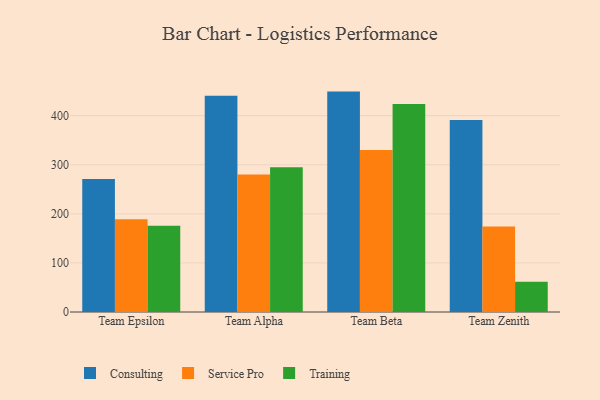
{"axis": {"x": "Team", "y": "Revenue (USD Million)"}, "legend": ["Consulting", "Service Pro", "Training"], "data": [{"x": "Team Epsilon", "y": 270.7, "type": "Consulting"}, {"x": "Team Epsilon", "y": 188.7, "type": "Service Pro"}, {"x": "Team Epsilon", "y": 175.5, "type": "Training"}, {"x": "Team Alpha", "y": 440.8, "type": "Consulting"}, {"x": "Team Alpha", "y": 280.2, "type": "Service Pro"}, {"x": "Team Alpha", "y": 295.0, "type": "Training"}, {"x": "Team Beta", "y": 449.0, "type": "Consulting"}, {"x": "Team Beta", "y": 330.1, "type": "Service Pro"}, {"x": "Team Beta", "y": 423.6, "type": "Training"}, {"x": "Team Zenith", "y": 391.2, "type": "Consulting"}, {"x": "Team Zenith", "y": 174.3, "type": "Service Pro"}, {"x": "Team Zenith", "y": 61.7, "type": "Training"}]}